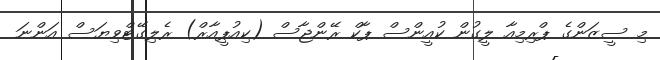
މި ސީޒަންގެ ޕްރިމިއާ ލީގުން ކުއީންސް ޕާކް ރޭންޖާސް (ކިއުޕީއާރް) ރެލިގޭޓްވިޔަސް އަންނަ